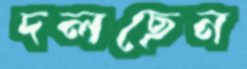
দলছেন